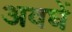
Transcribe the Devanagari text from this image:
अवघें